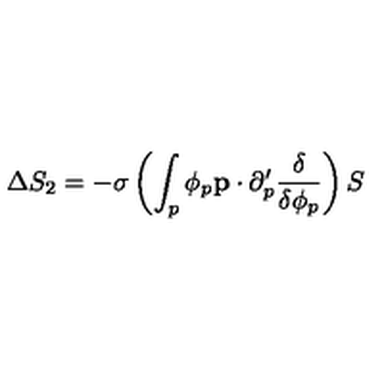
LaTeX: \Delta S _ { 2 } = - \sigma \left( \int _ { p } \phi _ { p } { \bf p } \cdot \partial _ { p } ^ { \prime } \frac { \delta } { \delta \phi _ { p } } \right) S